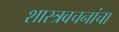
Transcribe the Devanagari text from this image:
शास्त्रवचनांचा